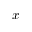
x